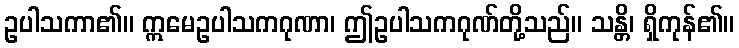
ဥပါသကာ၏။ ဣမေဥပါသကဂုဏာ၊ ဤဥပါသကဂုဏ်တို့သည်။ သန္တိ၊ ရှိကုန်၏။